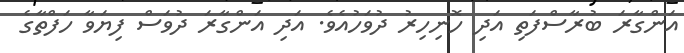
އަންގާރަ ބުރާސްފަތި އަދި ހޮނިހިރު ދުވަހުއެވެ. އަދި އަންގާރަ ދުވަސް ފިޔަވާ ހަފްތާގެ